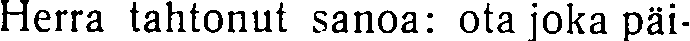
Herra tahtonut sanoa: ota joka päi-